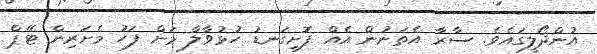
އުންދޯލީގައެވެ. ސާރާ އެތަނުން އެއް ފޮށިގަނޑު ހުޅުވާލާ މަށް ފަހު މެށަރިން ޓޭޕް